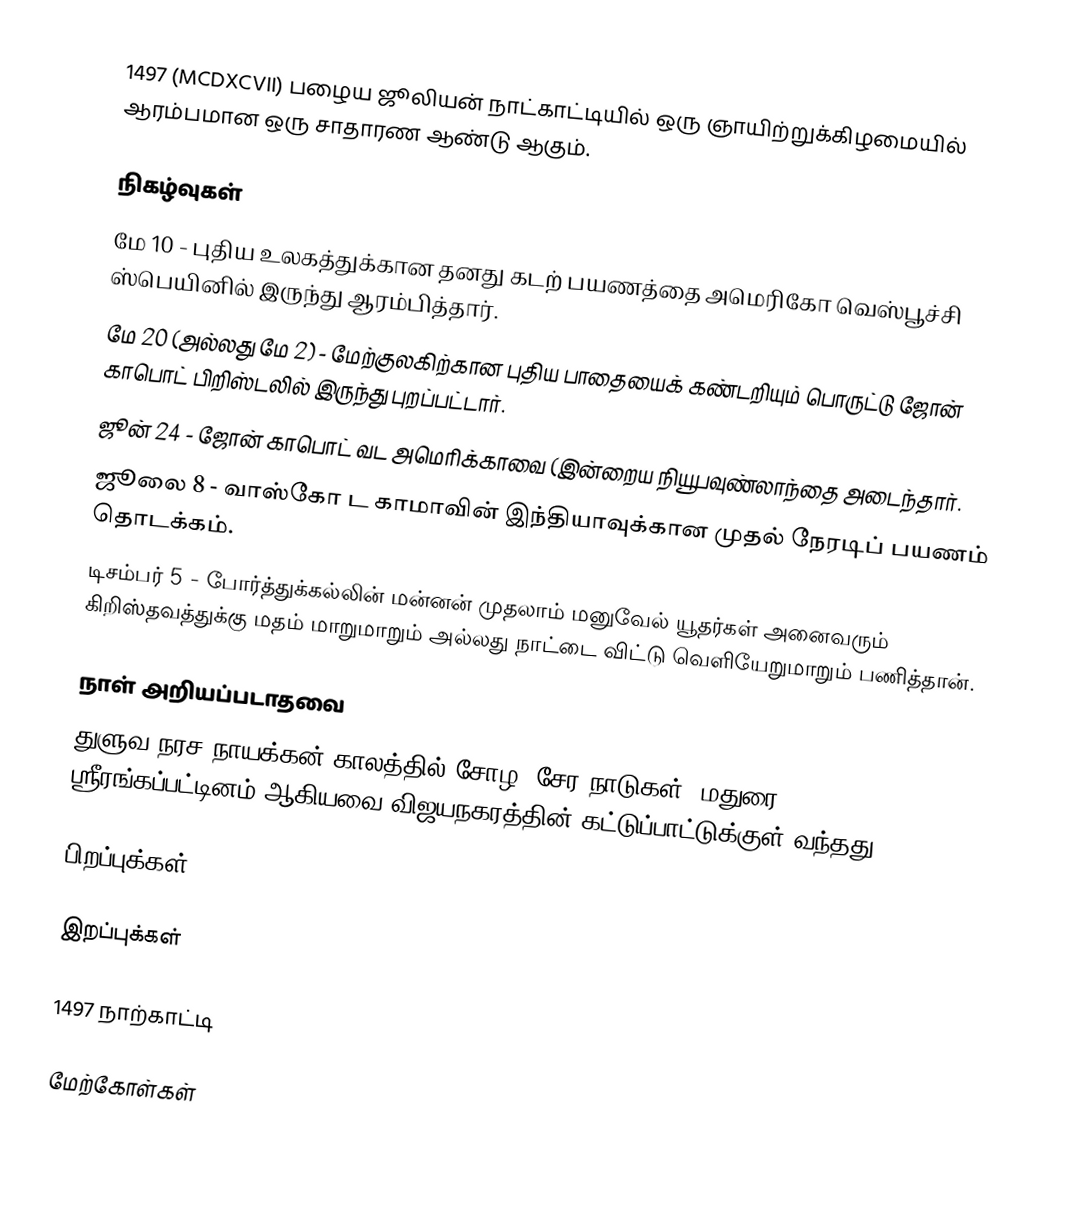
1497 (MCDXCVII) பழைய ஜூலியன் நாட்காட்டியில் ஒரு ஞாயிற்றுக்கிழமையில் ஆரம்பமான ஒரு சாதாரண ஆண்டு ஆகும்.

நிகழ்வுகள்
 மே 10 - புதிய உலகத்துக்கான தனது கடற் பயணத்தை அமெரிகோ வெஸ்பூச்சி ஸ்பெயினில் இருந்து ஆரம்பித்தார்.
 மே 20 (அல்லது மே 2) - மேற்குலகிற்கான புதிய பாதையைக் கண்டறியும் பொருட்டு ஜோன் காபொட் பிறிஸ்டலில் இருந்து புறப்பட்டார்.
 ஜூன் 24 - ஜோன் காபொட் வட அமெரிக்காவை (இன்றைய நியூபவுண்லாந்தை அடைந்தார்.
 ஜூலை 8 - வாஸ்கோ ட காமாவின் இந்தியாவுக்கான முதல் நேரடிப் பயணம் தொடக்கம்.
 டிசம்பர் 5 - போர்த்துக்கல்லின் மன்னன் முதலாம் மனுவேல் யூதர்கள் அனைவரும் கிறிஸ்தவத்துக்கு மதம் மாறுமாறும் அல்லது நாட்டை விட்டு வெளியேறுமாறும் பணித்தான்.

நாள் அறியப்படாதவை
 துளுவ நரச நாயக்கன் காலத்தில் சோழ, சேர நாடுகள், மதுரை, ஸ்ரீரங்கப்பட்டினம் ஆகியவை விஜயநகரத்தின் கட்டுப்பாட்டுக்குள் வந்தது.

பிறப்புக்கள்

இறப்புக்கள்

1497 நாற்காட்டி

மேற்கோள்கள்